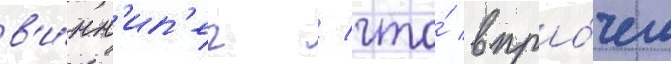
в'и́нн'ип'ег / что́ впро́чем